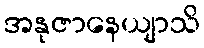
အနုဇာနေယျာသိ